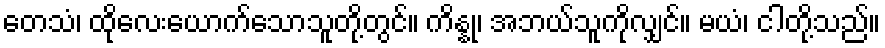
တေသံ၊ ထိုလေးယောက်သောသူတို့တွင်။ ကိန္နု၊ အဘယ်သူကိုလျှင်။ မယံ၊ ငါတို့သည်။